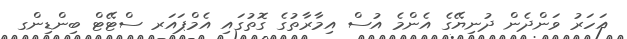
އަހަރު ވަންދެން ދުނިޔޭގެ އެންމެ އުސް އިމާރާތުގެ ގޮތުގައި އެމްޕައަރ ސްޓޭޓް ބިންޑިންގ